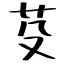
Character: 芟